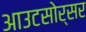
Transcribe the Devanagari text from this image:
आउटसोर्सर